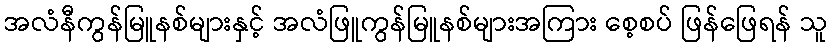
အလံနီကွန်မြူနစ်များနှင့် အလံဖြူကွန်မြူနစ်များအကြား စေ့စပ် ဖြန်ဖြေရန် သူ